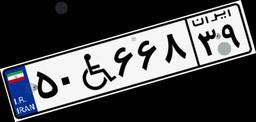
۲۲W۳۸۵۰۷